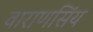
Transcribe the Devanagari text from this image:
वाराणसिंय